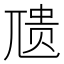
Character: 𪨇